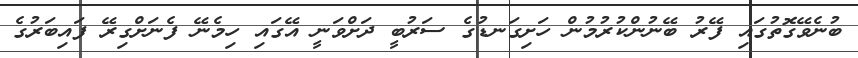
ބުނެވޭގޮތުގައި ފޭރު ބޭނުންކުރުމުން ހަށިގަނޑުގެ ސަރުބީ ދަށްވަނީ އޭގައި ހިމެނޭ ފެނަށްގިރޭ ފައިބަރުގެ